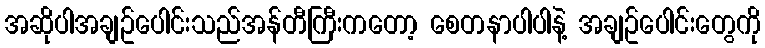
အဆိုပါအချဥ်ပေါင်းသည်အန်တီကြီးကတော့ စေတနာပါပါနဲ့ အချဥ်ပေါင်းတွေကို